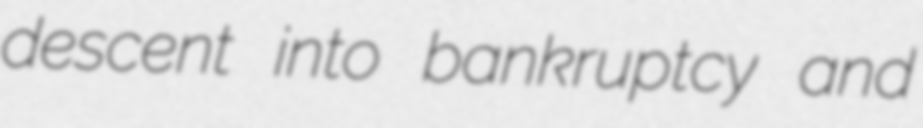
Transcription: descent into bankruptcy and